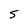
Character: 5